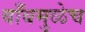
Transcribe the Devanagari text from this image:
बाँबमुळेच